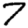
Digit: 7